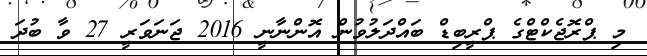
މި ޕްރޮޖެކްޓްގެ ޕްރީބިޑް ބައްދަލުވުން އޮންނާނީ 2016 ޖަނަވަރީ 27 ވާ ބުދަ